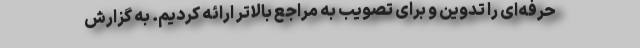
حرفه‌ای را تدوین و برای تصویب به مراجع بالاتر ارائه کردیم. به گزارش